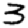
Digit: 3